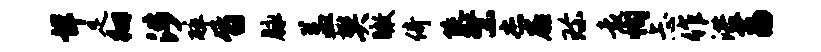
详足徊涉碎旨脉益樊瞰倚陡繁杰扉珍袁恂忐作洪荔